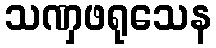
သဏှဖရုသေန